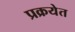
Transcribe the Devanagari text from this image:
प्रक्रयेत